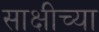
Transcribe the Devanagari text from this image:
साक्षीच्या